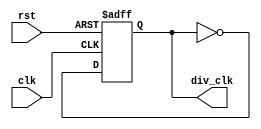
`define TimeExpire_VSync 32'd60

module clk_div(clk,rst,div_clk);
input clk,rst;
output div_clk;

reg div_clk;

always @(posedge clk or negedge rst)
begin
if(!rst)
begin
div_clk <= 1'b0;
end
else
begin
div_clk = ~div_clk;
end
end
endmodule

module VGA_control(clk, rst, but_R, but_G, but_B, out_R, out_G, out_B,Hsync,Vsync);
input clk, rst, but_R, but_G, but_B;
output reg[3:0] out_R, out_G, out_B;
output reg Hsync, Vsync;
reg [9:0]counter_x, counter_y;
reg [3:0]tmp_r,tmp_g,tmp_b;
// counter and sync generation
always @(posedge clk) // horizontal counter
begin
if(counter_x < 10'd799)begin
counter_x <= counter_x + 10'd1; // horizontal counter (including off-screen horizontal 160 pixels) total of 800 pixels
end
else begin
counter_x <= 10'd0;
end
end // always

    always @ (posedge clk)  // vertical counter
        begin 
					if(counter_x == 10'd799)  // only counts up 1 count after horizontal finishes 800 counts
                begin
								if(counter_y < 10'd525) begin // vertical counter (including off-screen vertical 45 pixels) total of 525 pixels
                        counter_y <= counter_y + 10'd1;
								 end
                    else begin
                        counter_y <= 10'd0;
							end							 
                end  // 	 (counter_x...
        end  // always
    // end counter and sync generation  

    always @(posedge clk or negedge rst) begin
	  
				if(!rst)begin
				out_R <= 4'd0;
				out_G <= 4'd0;
				out_B <= 4'd0;
			end
			else begin
				Hsync <= (counter_x >= 10'd0 && counter_x < 10'd96) ? 1'b0:1'b1;  // hsync low for 96 counts                                                 
				Vsync <= (counter_y >= 10'd0 && counter_y < 10'd2) ? 1'b0:1'b1;   // vsync low for 2 counts
        
        

				if(counter_x>=10'd96 && counter_x<=10'd144)
				begin
            out_R <= 4'd0;
            out_G <= 4'd0;
            out_B <= 4'd0;
				end
				else
				begin
            out_R <= tmp_r;
            out_G <= tmp_g;
            out_B <= tmp_b;
				end
        end
		end
        
    
    always @(posedge but_R ) begin
        tmp_r <= tmp_r + 4'd1;
    end      
    always @(posedge but_G ) begin
        tmp_g <= tmp_g + 4'd1;
    end      
    always @(posedge but_B ) begin
        tmp_b <= tmp_b + 4'd1;
	  end
endmodule

module test(clk,rst,but_R,but_G,but_B,out_R,out_G,out_B,Hsync,Vsync);
input clk,rst,but_R,but_G,but_B;
output [3:0] out_R,out_G,out_B;
output Hsync, Vsync;
wire div_clk;
clk_div u_clk_div(.clk(clk),.rst(rst),.div_clk(div_clk));
VGA_control u_VGA_control(.clk(div_clk), .rst(rst), .but_R(but_R), .but_G(but_G), .but_B(but_B), .out_R(out_R), .out_G(out_G), .out_B(out_B),.Hsync(Hsync),.Vsync(Vsync));

endmodule